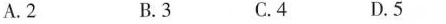
A.2 B.3 C.4 D.5